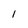
Character: 1